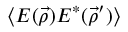
\langle E ( \vec { \rho } ) E ^ { * } ( \vec { \rho } ^ { \prime } ) \rangle